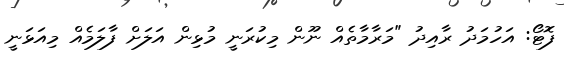
ފޮޓޯ: އަހުމަދު ރާއިދު "މަރާމާތެއް ނޫން މިކުރަނީ މުޅިން އަލަށް ފާލަމެއް މިއަޅަނީ